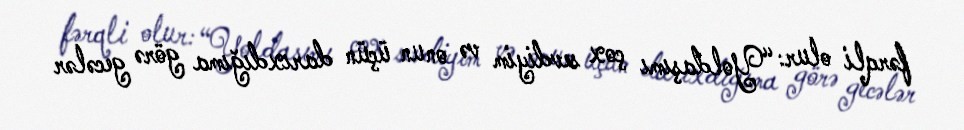
fərqli olur: “Yoldaşımı çox sevdiyim və onun üçün darıxdığıma görə gecələr